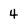
Character: 4